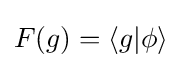
F(g)=\langle g|\phi \rangle